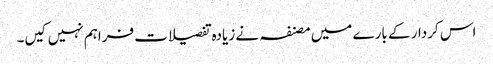
اس کردار کے بارے میں مصنفہ نے زیادہ تفصیلات فراہم نہیں کیں۔